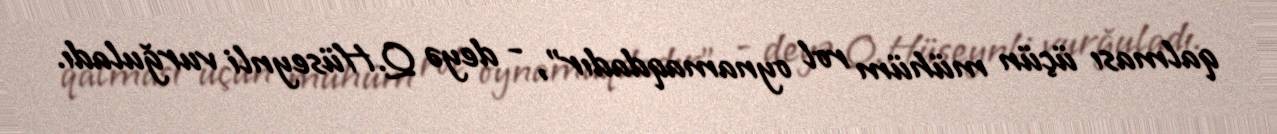
qalması üçün mühüm rol oynamaqdadır”, - deyə Q.Hüseynli vurğuladı.